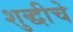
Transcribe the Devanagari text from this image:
शुद्धीचे